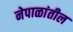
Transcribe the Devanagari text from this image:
नेपाळांतील